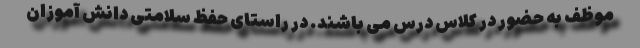
موظف به حضور در کلاس درس می باشند. در راستای حفظ سلامتی دانش آموزان